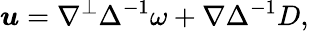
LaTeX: \boldsymbol{u}=\nabla^{\perp}\Delta^{-1}\omega+\nabla\Delta^{-1}D,